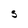
Character: S